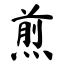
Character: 煎